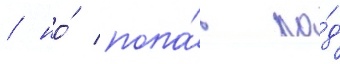
/ но́ попа́в по́д